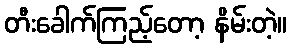
တီးခေါက်ကြည့်တော့ နိမ်းတဲ့။